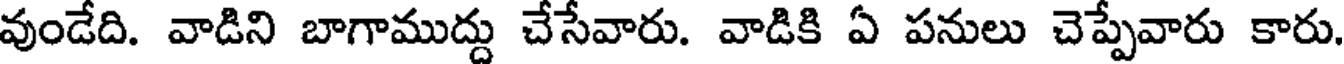
వుండేది. వాడిని బాగాముద్దు చేసేవారు. వాడికి ఏ పనులు చెప్పేవారు కారు.